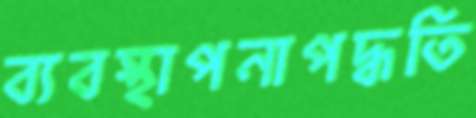
ব্যবস্থাপনাপদ্ধতি